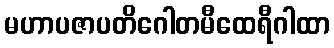
မဟာပဇာပတိဂေါတမီထေရီဂါထာ